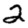
Digit: 2